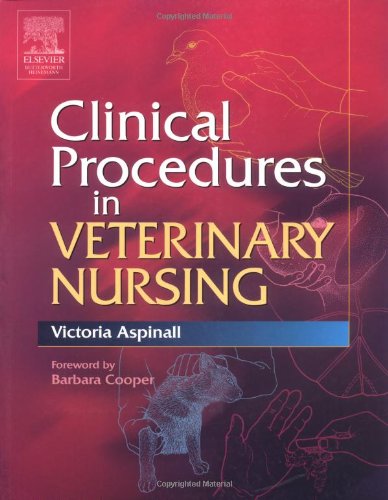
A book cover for Clinical Procedures in Veterinary Nursing, 1e; Victoria Aspinall BVSc  MRCVS; Medical Books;